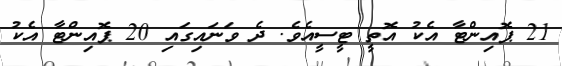
21 ޕޮއިންޓާ އެކު އޮތީ ޓީސީއެވެ. ދެ ވަނައިގައި 20 ޕޮއިންޓާ އެކު